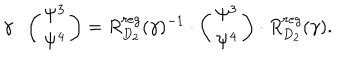
\gamma \cdot \left( \begin{array} { c c } { { \Psi ^ { 3 } } } \\ { { \Psi ^ { 4 } } } \\ \end{array} \right) = R _ { D _ { 2 } } ^ { r e g } ( \gamma ) ^ { - 1 } \cdot \left( \begin{array} { c c } { { \Psi ^ { 3 } } } \\ { { \Psi ^ { 4 } } } \\ \end{array} \right) \cdot R _ { D _ { 2 } } ^ { r e g } ( \gamma ) .